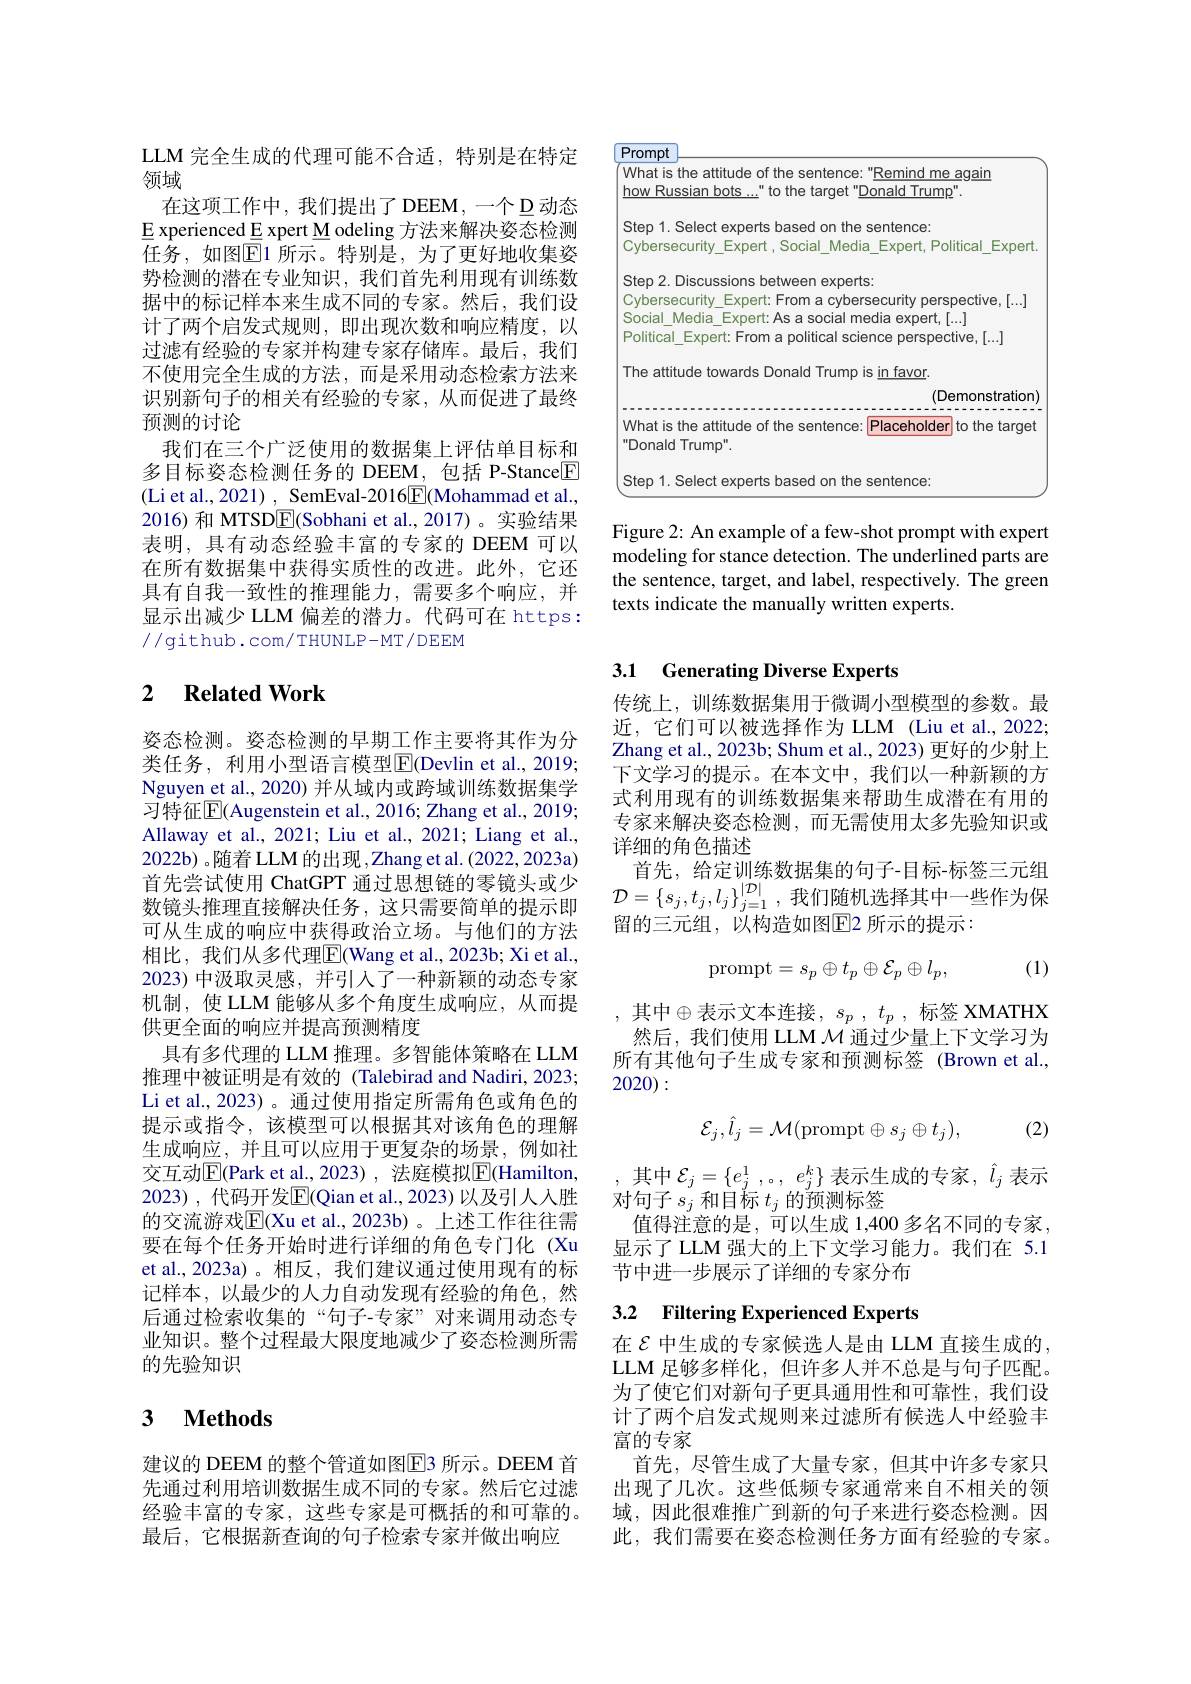
<table>
	<tbody>
		<tr>
			<td>What is the attitude of the sentence: how Russian bots..." to the target" D</td>
			<td>Remind me again onald Trump"</td>
		</tr>
		<tr>
			<td> </td>
			<td>(Demonstration</td>
		</tr>
		<tr>
			<td>What is the attitu Jde of the sentence:</td>
			<td>Placeholder to the tarqet</td>
		</tr>
		<tr>
			<td>"Donald Trump"</td>
			<td>$v$</td>
		</tr>
		<tr>
			<td>Step 1. Selec based on the 5</td>
			<td>sentence:</td>
		</tr>
	</tbody>
</table>

Figure 2: An example of a few-shot prompt with expert modeling for stance detection. The underlined parts are the sentence, target, and label, respectively. The green texts indicate the manually written experts.

LLM 完全生成的代理可能不合适，特别是在特定
领域
在这项工作中，我们提出了DEEM，一个$\underline{\mathrm{D}}$动态$\underline{E}$ xperienced E xpert M odeling 方法来解决姿态检测任务，如图$\overline{\mathbb{E}}$1 所示。特别是，为了更好地收集姿势检测的潜在专业知识，我们首先利用现有训练数据中的标记样本来生成不同的专家。然后，我们设计了两个启发式规则，即出现次数和响应精度，以过滤有经验的专家并构建专家存储库。最后，我们不使用完全生成的方法，而是采用动态检索方法来识别新句子的相关有经验的专家，从而促进了最终预测的讨论
我们在三个广泛使用的数据集上评估单目标和多目标姿态检测任务的 DEEM,包括 P-Stance[E] (Li et al., 2021) , SemEval-2016$\underline{\mathrm{F}}$(Mohammad et al., 2016) 和 MTSD$\boxed{\mathrm{F}}($Sobhani et al.,2017)。实验结果表明，具有动态经验丰富的专家的 DEEM 可以在所有数据集中获得实质性的改进。此外，它还具有自我一致性的推理能力，需要多个响应，并显示出减少 LLM 偏差的潜力。代码可在 https: //github.com/THUNLP-MT/DEEM

### 2 $\textbf{Related Work}$

姿态检测。姿态检测的早期工作主要将其作为分类任务，利用小型语言模型$\boxed{\mathrm{F}}$(Devlin et al., 2019; Nguyen et al., 2020) 并从域内或跨域训练数据集学习特征$\overline{\mathrm{E}}($Augenstein et al., 2016; Zhang et al., 2019; Allaway et al., 2021; Liu et al., 2021; Liang et al., 2022b) 。随着 LLM 的出现，Zhang et al. (2022,2023a) 首先尝试使用 ChatGPT 通过思想链的零镜头或少数镜头推理直接解决任务，这只需要简单的提示即可从生成的响应中获得政治立场。与他们的方法相比，我们从多代理$\overline{\mathrm{E}}($Wang et al.,2023b; Xi et al., 2023)中汲取灵感，并引人了一种新颖的动态专家机制，使 LLM 能够从多个角度生成响应，从而提供更全面的响应并提高预测精度
具有多代理的 LLM 推理。多智能体策略在 LLM 推理中被证明是有效的 (Talebirad and Nadiri, 2023; Li et al., 2023)。通过使用指定所需角色或角色的提示或指令，该模型可以根据其对该角色的理解生成响应，并且可以应用于更复杂的场景，例如社交互动$\boxed{\mathrm{E}}($Park et al.,2023), 法庭模拟$\boxed{\mathrm{F}}($Hamilton, 2023),代码开发$\overline{\mathbb{E}}($Qian et al.,2023)以及引人人胜的交流游戏$\overline{\mathrm{E}}($Xu et al.,2023b)。上述工作往往需要在每个任务开始时进行详细的角色专门化 (Xu et al., 2023a)。相反，我们建议通过使用现有的标记样本，以最少的人力自动发现有经验的角色，然后通过检索收集的“句子-专家”对来调用动态专业知识。整个过程最大限度地减少了姿态检测所需的先验知识

## 3 $\textbf{Methods}$

建议的 DEEM 的整个管道如图E3 所示。DEEM 首先通过利用培训数据生成不同的专家。然后它过滤经验丰富的专家，这些专家是可概括的和可靠的。最后，它根据新查询的句子检索专家并做出响应

# 3.1 Generating Diverse Experts

传统上，训练数据集用于微调小型模型的参数。最近，它们可以被选择作为 LLM (Liu et al.,2022; Zhang et al., 2023b; Shum et al., 2023) 更好的少射上下文学习的提示。在本文中，我们以一种新颖的方式利用现有的训练数据集来帮助生成潜在有用的专家来解决姿态检测，而无需使用太多先验知识或详细的角色描述
首先，给定训练数据集的句子-目标-标签三元组日 ) 心 , 由 几 似 如 如 不 的 $\mathcal{D} = \{ s_j, t_j, l_j\} _{j= 1}^{| \mathcal{D} | }$,我 们 随 机 选 择 其 中 一 些 作 为 保 $\mathcal{T} _{i}, \mathcal{L} _{i}= - \mathcal{H} _{i}, \mathcal{L} _{i}, \mathcal{L} _{i}, \mathcal{L} _{i}, \mathcal{L} _{i}, \mathcal{L} _{i}, \mathcal{L} _{i}, \mathcal{L} _{i}, \mathcal{L} _{i}, \mathcal{L} _{i}, \mathcal{L} _{i}, \mathcal{L} _{i}( \mathcal{L} _{i}) _{i}, \mathcal{L} _{i}( \mathcal{L} _{i}( \mathcal{L} _{i}( \mathcal{L} _{i}( \mathcal{L}$ 留的三元组，以构造如图$\overline{\mathrm{E}}$2 所示的提示：

(1)
$$\mathrm{prompt}=s_p\oplus t_p\oplus\mathcal{E}_p\oplus l_p,$$
,其中$\oplus$表示文本连接$,s_p,t_p$,标签 XMATHX 然后，我们使用 LLM $\mathcal{M}$通过少量上下文学习为所有其他句子生成专家和预测标签(Brown et al., 2020):
$$\mathcal{E}_{j},\hat{l}_{j}=\mathcal{M}(\mathrm{prompt}\oplus s_{j}\oplus t_{j}),$$
(2)

,其中$\mathcal{E} _j= \{ e_j^1, 。$, $e_j^k\}$表示生成的专家，$\hat{l}_j$表示
对句子$s_j$和目标$t_j$的预测标签
值得注意的是，可以生成 1,400 多名不同的专家， 显示了 LLM 强大的上下文学习能力。我们在 5.1节中进一步展示了详细的专家分布

# 3.2 Filtering Experienced Experts

在$\mathcal{E}$ 中生成的专家候选人是由 LLM 直接生成的， LLM 足够多样化，但许多人并不总是与句子匹配。为了使它们对新句子更具通用性和可靠性，我们设计了两个启发式规则来过滤所有候选人中经验丰富的专家
首先，尽管生成了大量专家，但其中许多专家只出现了几次。这些低频专家通常来自不相关的领域，因此很难推广到新的句子来进行姿态检测。因此，我们需要在姿态检测任务方面有经验的专家。